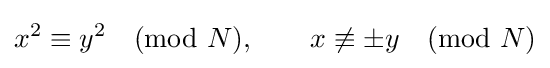
x^{2}\equiv y^{2}\quad ({\hbox{mod }}N),\qquad x\not \equiv \pm y\quad ({\hbox{mod }}N)